Vaccination United Provinces of Agra and Oudh 1902-1913 - 1902-1913
Year: 1902
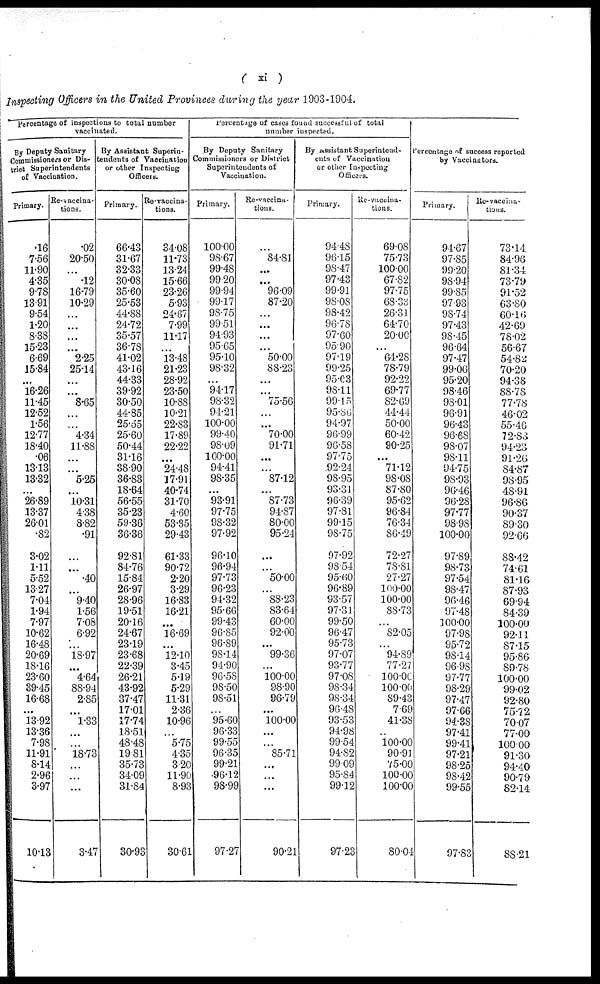
( xi )
Inspecting Officers in the United Provinces during the year 1903-1904.
Percentage of inspections to total number
vaccinated.
By Deputy Sanitary
Commissioners or Dis-
trict Superintendents
of Vaccination.
Primary.
.16
7.56
11.90
4.35
9.78
13.91
9.54
1.20
8.38
15.23
6.69
15.84
...
16.26
11.45
12.52
1.56
12.77
18.40
.06
13.13
13.32
...
26.89
13.37
26.01
.82
3.02
1.11
5.52
13.27
7.04
1.94
7.97
10.62
16.48
20.69
18.16
23.60
39.45
16.68
...
13.92
13.36
7.98
11.91
8.14
2.96
3.97
10.13
Re-vaccina¬
tions.
.02
20.50
...
.12
16.79
10.29
...
...
...
...
2.25
25.14
...
...
8.65
...
...
4.34
11.88
...
...
5.25
...
10.31
4.38
8.82
.91
...
...
.40
...
9.40
1.56
7.08
6.92
...
18.97
...
4.64
88.94
2.85
...
1.33
...
...
18.73
...
...
...
3.47
By Assistant Superin-
tendents of Vaccination
or other Inspecting
Officers.
Primary.
66.43
31.67
32.33
30.08
35.60
25.53
44.88
24.72
35.57
36.78
41.02
43.16
44.33
39.92
30.50
44.85
25.55
25.60
50.44
31.16
38.90
36.83
18.64
56.55
35.23
59.36
36.36
92.81
84.76
15.84
26.97
28.96
19.51
20.16
24.67
23.19
23.68
22.39
26.21
43.92
37.47
17.01
17.74
18.51
48.48
19.81
35.73
34.09
31.84
30.93
Re-vaccina¬
tions.
34.08
11.73
13.24
15.66
23.26
5.93
24.67
7.99
11.17
...
13.48
21.23
28.92
23.50
10.88
10.21
22.83
17.89
22.22
...
24.48
17.91
40.74
31.70
4.60
53.35
29.43
61.33
90.72
2.20
3.29
16.83
16.21
...
16.69
...
12.10
3.45
5.19
5.29
11.31
2.36
10.96
. . .
5.75
4.35
3.20
11.90
8.93
30.61
Percentage of cases found successful of total
number inspected.
By Deputy Sanitary
Commissioners or District
Superintendents of
Vaccination.
Primary.
100.00
98.67
99.48
99.20
99.94
99.17
98.75
99.51
94.93
95.65
95.10
98.32
...
94.17
98.32
94.21
100.00
99.40
98.09
100.00
94.41
98.35
...
93.91
97.75
98.32
97.92
96.10
96.94
97.73
96.23
94.32
95.66
99.43
96.85
96.89
98.14
94.90
96.58
98.50
98.51
...
95.60
96.33
99.55
96.35
99.21
96.12
98.98
97.27
Re-vaccina¬
tions.
...
84.81
...
...
96.09
87.20
...
...
...
...
50.00
88.23
...
...
75.56
...
...
70.00
91.71
...
...
87.12
...
87.73
94.87
80.00
95.24
...
...
50.00
...
88.23
83.64
60.00
92.00
...
99.36
...
100.00
98.90
96.79
...
100.00
...
...
85.71
...
...
...
90.21
By assistant Superintend-
ents of Vaccination
or other Inspecting
Officers.
Primary.
94.48
96.15
98.47
97.43
99.91
98.08
98.42
96.78
97.60
95.90
97.19
99.25
95.03
98.11
99.15
95.86
94.97
96.99
96.58
97.75
92.24
98.95
93.31
96.39
97.81
99.15
98.75
97.92
98.54
95.60
96.89
93.57
97.31
99.50
96.47
95.73
97.07
93.77
97.08
98.34
98.34
96.48
93.53
94.98
99.54
94.82
99.09
95.84
99.12
97.23
Re-vaccina¬
tions.
69.08
75.73
100.00
67.82
97.75
68.33
26.31
64.70
20.00
...
64.28
78.79
92.22
69.77
82.69
44.44
50.00
60.42
90.25
...
71.12
98.08
87.80
95.62
96.84
76.34
86.49
72.27
78.81
27.27
100.00
100.00
88.73
...
82.05
...
94.89
77.27
100.00
100.00
89.43
7.69
41.38
...
100.00
90.91
75.00
100.00
100.00
80.04
Percentage of success reported
by Vaccinators.
Primary.
94.67
97.85
99.20
98.94
99.85
97.93
98.74
97.43
98.45
96.64
97.47
99.06
95.20
98.46
98.01
96.91
96.43
96.68
98.07
98.11
94.75
98.93
96.46
96.28
97.77
98.98
100.00
97.89
98.73
97.54
98.47
96.46
97.48
100.00
97.98
95.72
98.14
96.98
97.77
98.29
97.47
97.66
94.38
97.41
99.41
97.21
98.25
98.42
99.55
97.83
Re-vaccina-
tions.
73.14
84.96
81.34
73.79
91.52
63.80
60.16
42.69
78.02
56.67
54.82
70.20
94.38
88.78
77.78
46.02
55.46
72.83
94.23
91.26
84.87
98.95
48.91
96.86
90.37
89.30
92.66
88.42
74.61
81.16
87.93
69.94
84.39
100.00
92.11
87.15
95.86
89.78
100.00
99.02
92.80
75.72
70.07
77.00
100.00
91.30
94.40
90.79
82.14
88.21